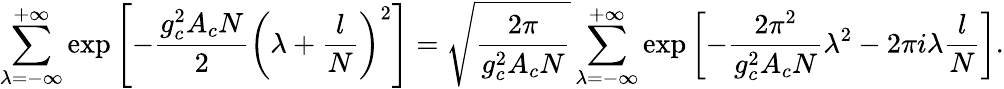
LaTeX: \displaystyle{\sum_{\lambda=-\infty}^{+\infty}\exp\left[-{\frac{g_{c}^{2}A_{c}N}{2}}\left(\lambda+\frac{l}{N}\right)^{2}\right]=\sqrt{\frac{2\pi}{g_{c}^{2}A_{c}N}}\sum_{\lambda=-\infty}^{+\infty}\exp\left[-\frac{2\pi^{2}}{g_{c}^{2}A_{c}N}\lambda^{2}-2\pi i\lambda\frac{l}{N}\right]}.